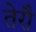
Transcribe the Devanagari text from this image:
तेरौ